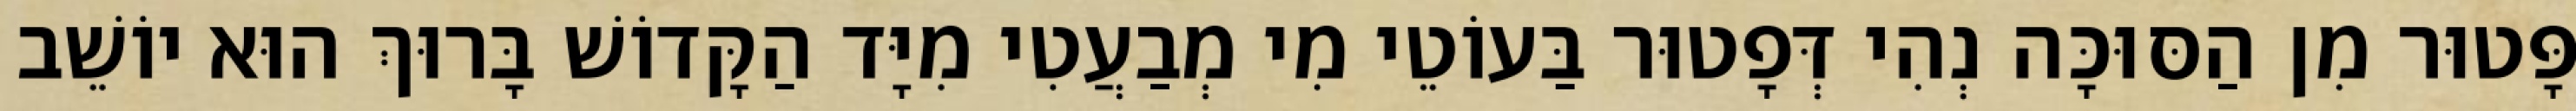
פָּטוּר מִן הַסּוּכָּה נְהִי דְּפָטוּר בַּעוֹטֵי מִי מְבַעֲטִי מִיָּד הַקָּדוֹשׁ בָּרוּךְ הוּא יוֹשֵׁב